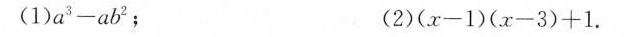
（1）a^3-ab^2; (2)(x-1)(x-3)+1.